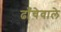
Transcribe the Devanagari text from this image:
ढाँचेवाले